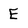
Character: E